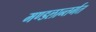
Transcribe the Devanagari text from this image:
मण्डलान्तर्गत